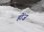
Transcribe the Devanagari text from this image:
होंज़